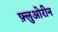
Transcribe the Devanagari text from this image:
फ़्लुओरीन